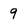
Character: 9